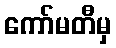
ကော်မတီမှ